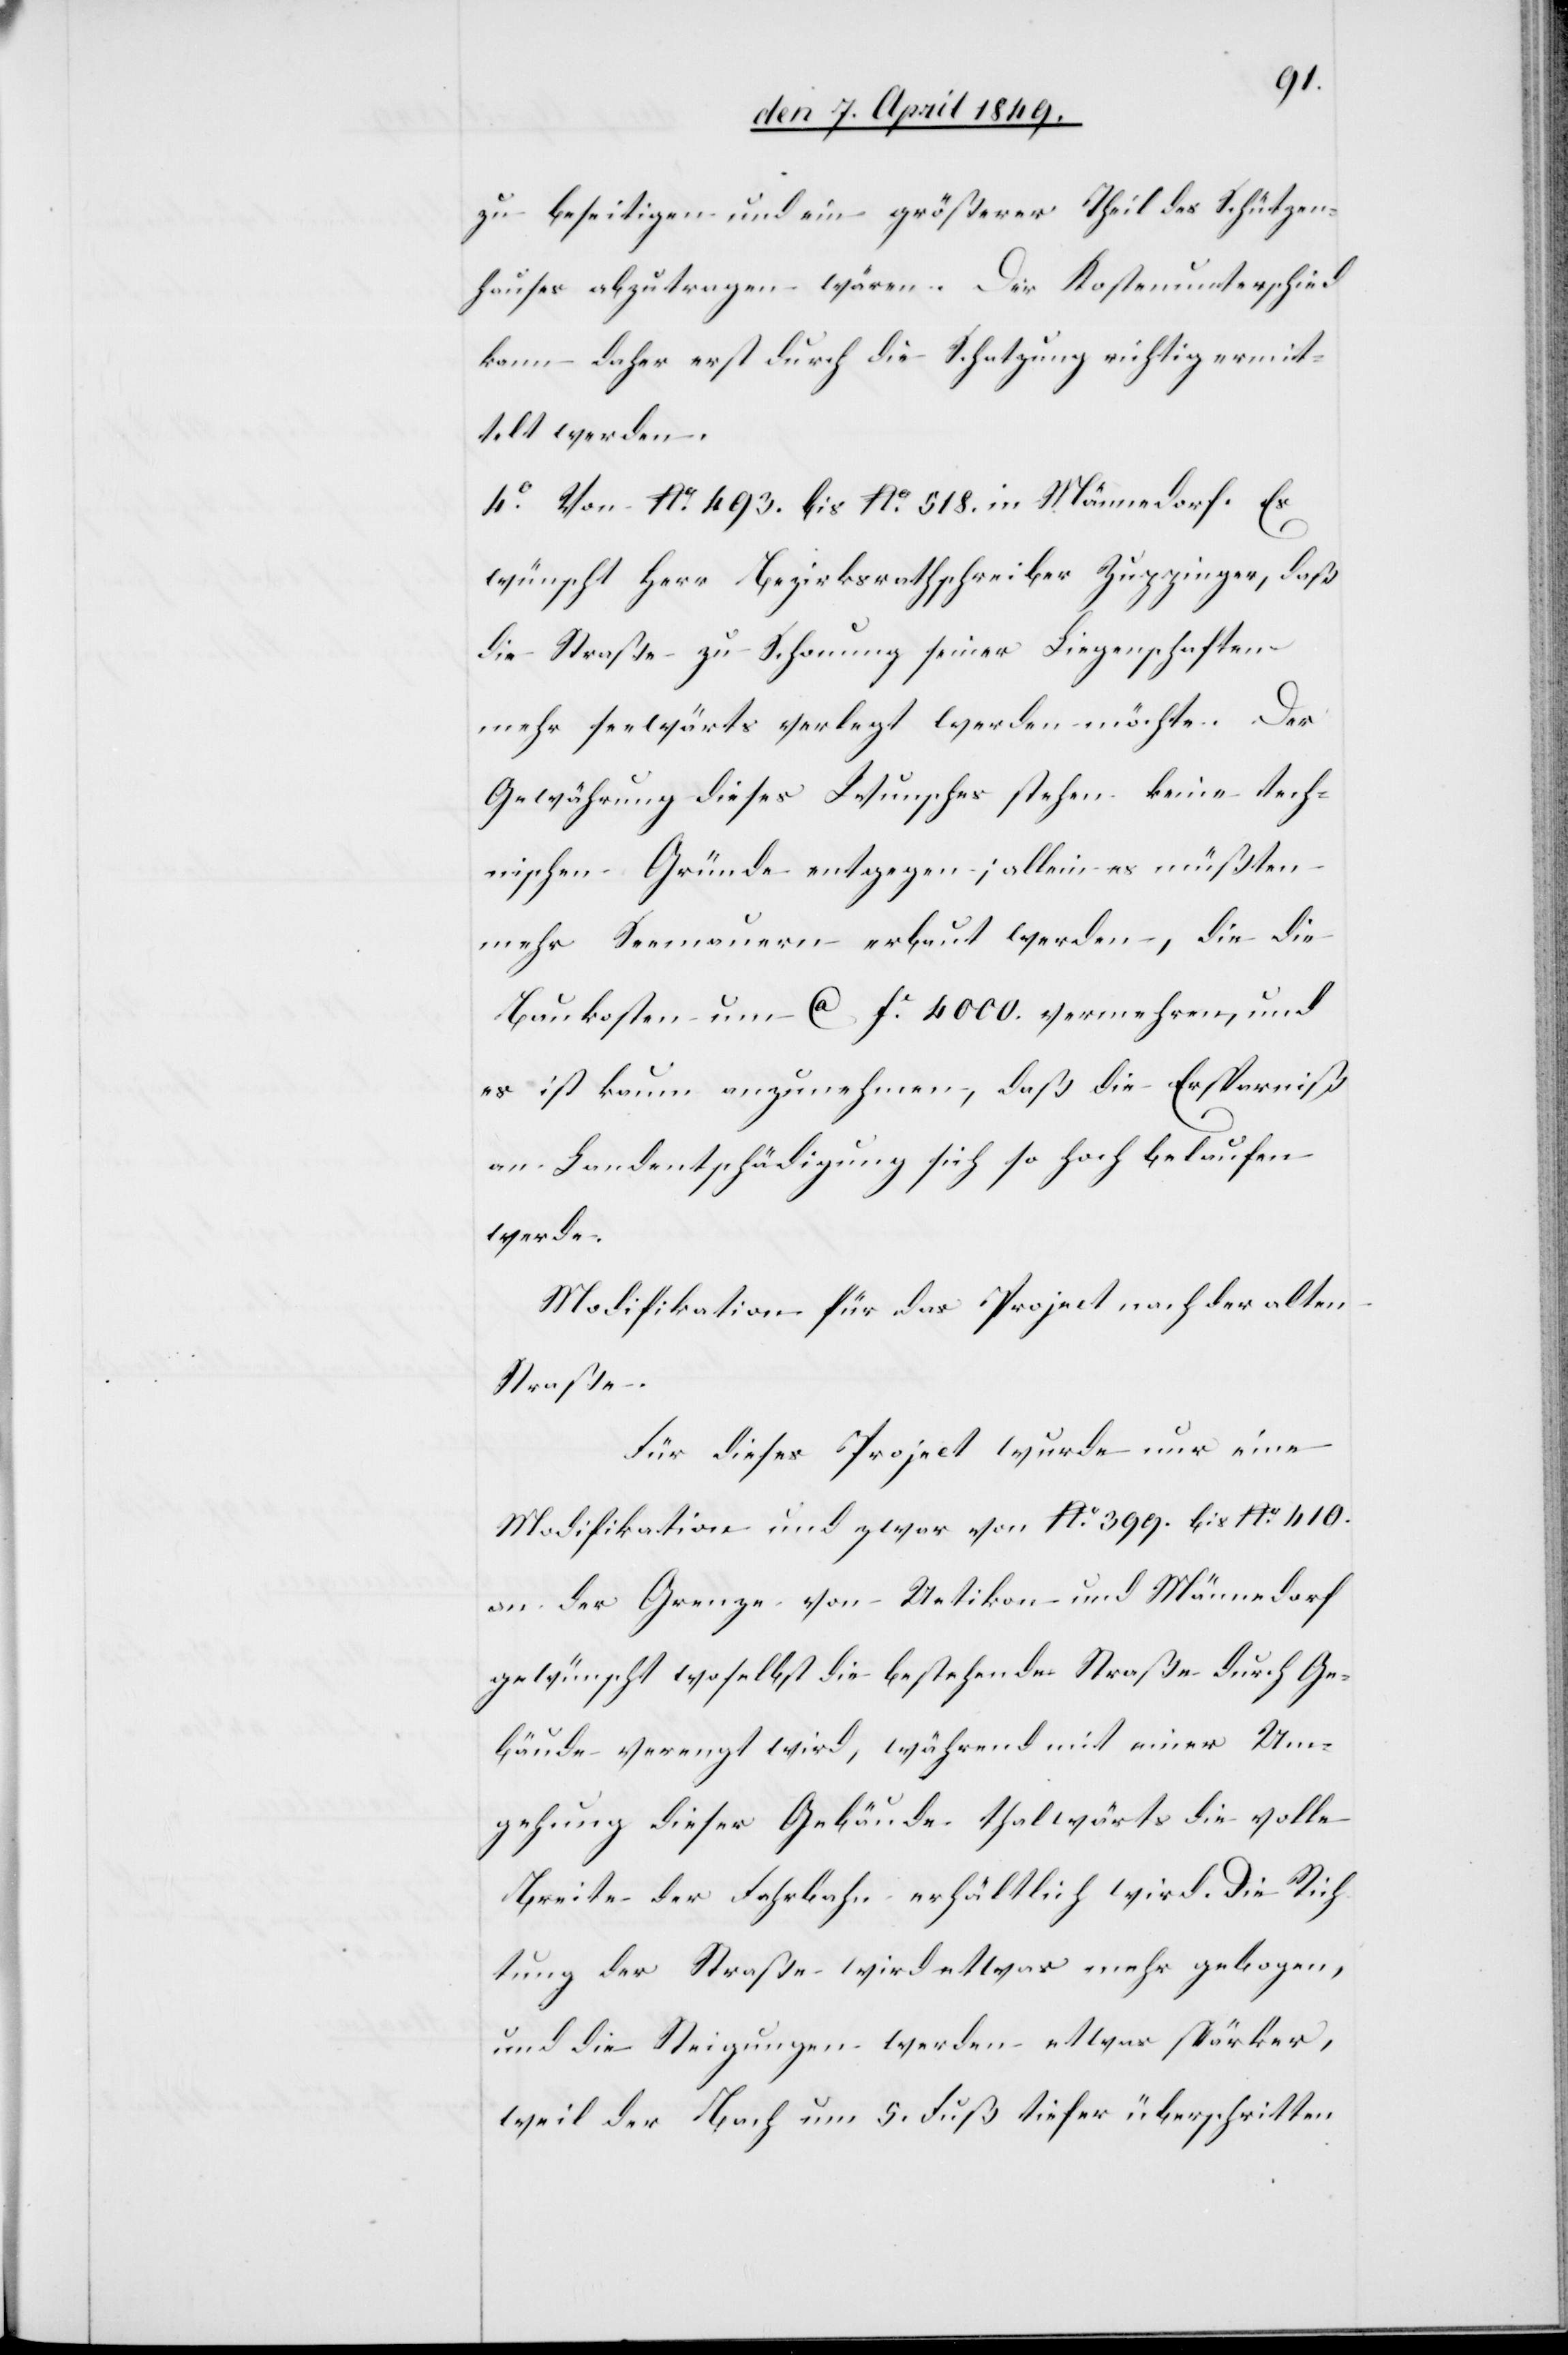
zu beseitigen und ein größerer Theil des Schützen¬
hauses abzutragen wären. Der Kostenunterschied
kann daher erst durch die Schatzung richtig ermit¬
telt werden.
4° Von No 493. bis No 518. in Männedorf. Es
wünscht Herr Bezirksrathschreiber Zuppinger, daß
die Straße zu Schonung seiner Liegenschaften
mehr seewärts verlegt werden möchte. Der
Gewährung dieses Wunsches stehen keine tech¬
nischen Gründe entgegen; allein es müßten
mehr Seemauern erbaut werden, die die
Baukosten um ca fr 4000. vermehren, und
es ist kaum anzunehmen, daß die Ersparniß
an Landentschädigung sich so hoch belaufen
werde.
Modifikation für das Project nach der alten
Straße.
Für dieses Project wurde nur eine
Modifikation und zwar von No 399. bis No 410.
an der Grenze von Uetikon und Männedorf
gewünscht weshalb die bestehende Straße durch Ge¬
bäude verengt wird, während mit einer Um¬
gehung dieser Gebäude thalwärts die volle
Breite der Fahrbahn erhältlich wird. Die Rich¬
tung der Straße wird etwas mehr gebogen,
und die Steigungen werden etwas stärker,
weil der Bach um 5. Fuß tiefer überschritten